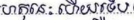
ហេតុនេះហើយទើប